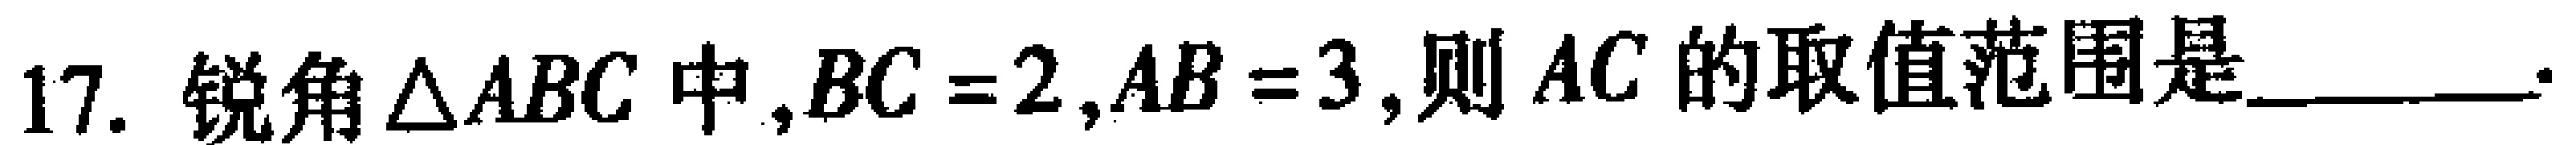
17. 锐角$\triangle ABC$中,$BC = 2,AB = 3$,则$AC$的取值范围是________.